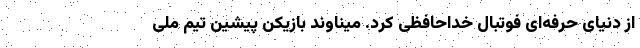
از دنیای حرفه‌ای فوتبال خداحافظی کرد. میناوند بازیکن پیشین تیم ملی